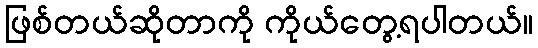
ဖြစ်တယ်ဆိုတာကို ကိုယ်တွေ့ရပါတယ်။